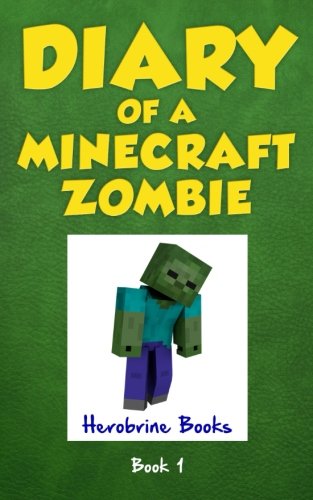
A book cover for Diary of a Minecraft Zombie Book 1: A Scare of A Dare (Volume 1); Herobrine Books; Humor & Entertainment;